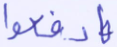
فادفعوا